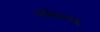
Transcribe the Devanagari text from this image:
स्पोक्स्